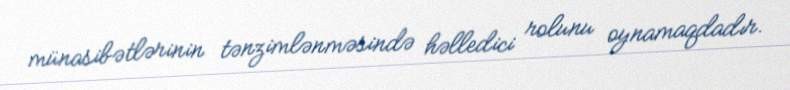
münasibətlərinin tənzimlənməsində həlledici rolunu oynamaqdadır.